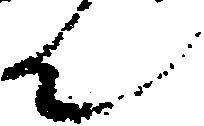
ん